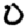
Digit: 0